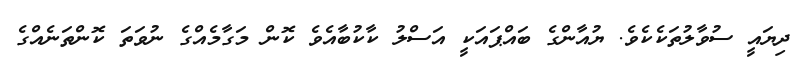
ދިޔައީ ސުވާލުތަކެކެވެ. ޔުއާންގެ ބައްޕައަކީ އަސްލު ކާާކުބާއެވެ ކޮން މަގާމެއްގެ ނުވަތަ ކޮންތަނެއްގެ